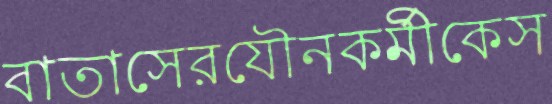
বাতাসেরযৌনকর্মীকেস